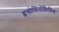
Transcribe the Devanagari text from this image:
इयोसिनोफ़िलिक